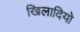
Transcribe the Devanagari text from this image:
खिलादियो